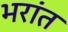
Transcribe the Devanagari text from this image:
भरांत